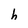
Character: h